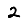
Digit: 2